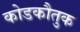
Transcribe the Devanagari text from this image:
कोडकौतुक